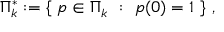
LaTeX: \Pi _ { k } ^ { * } : = \left\lbrace \ p \in \Pi _ { k } \ : \ p ( 0 ) = 1 \ \right\rbrace \, ,